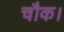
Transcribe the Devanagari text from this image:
चौक।